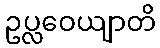
ဥပ္လဝေယျာတိ